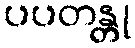
ပပတန္တု